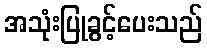
အသုံးပြုခွင့်ပေးသည်